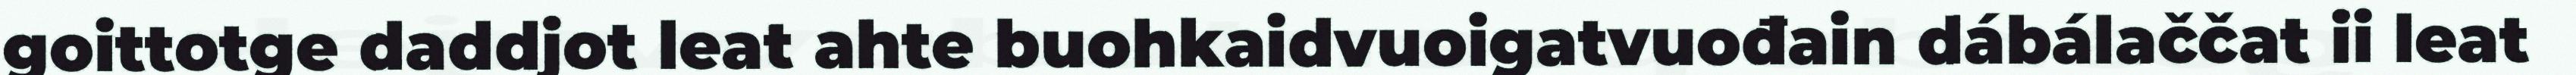
goittotge daddjot leat ahte buohkaidvuoigatvuođain dábálaččat ii leat